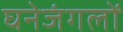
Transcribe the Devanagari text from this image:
घनेजंगलों